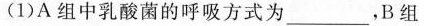
(1)A组中乳酸菌的呼吸方式为___，B组